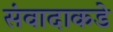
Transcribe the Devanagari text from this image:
संवादाकडे